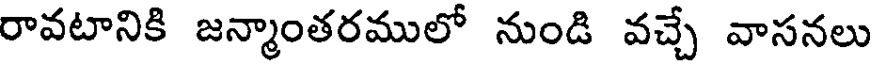
రావటానికి జన్మాంతరములో నుండి వచ్చే వాసనలు